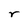
Character: r